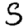
Digit: 5